Civil Veterinary Dept. Assam report 1927-50 - 1927-1950
Year: 1927
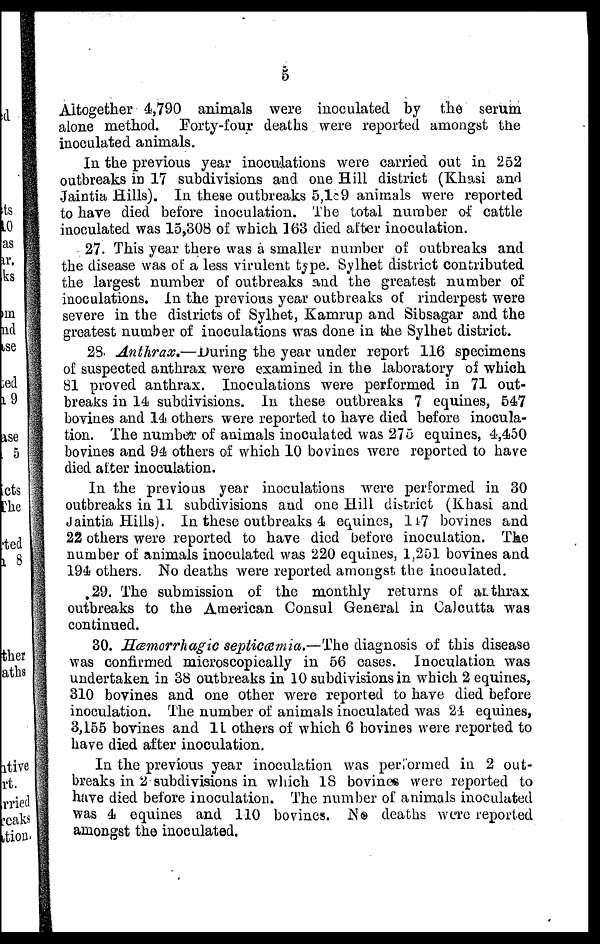
5
Altogether 4,790 animals were inoculated by the serum
alone method. Forty-four deaths were reported amongst the
inoculated animals.
In the previous year inoculations were carried out in 252
outbreaks in 17 subdivisions and one Hill district (Khasi and
Jaintia Hills). In these outbreaks 5,189 animals were reported
to have died before inoculation. The total number of cattle
inoculated was 15,308 of which 163 died after inoculation.
27. This year there was a smaller number of outbreaks and
the disease was of a less virulent type. Sylhet district contributed
the largest number of outbreaks and the greatest number of
inoculations. In the previous year outbreaks of rinderpest were
severe in the districts of Sylhet, Kamrup and Sibsagar and the
greatest number of inoculations was done in tone Sylhet district.
23 Anthrax.—During the year under report 116 specimens
of suspected anthrax were examined in the laboratory of which
81 proved anthrax. Inoculations were performed in 71 out-
breaks in 14 subdivisions. In these outbreaks 7 equines, 547
bovines and 14 others were reported to have died before inocula-
tion. The number of animals inoculated was 275 equines, 4,450
bovines and 94 others of which 10 bovines were reported to have
died after inoculation.
In the previous year inoculations were performed in 30
outbreaks in 11 subdivisions and one Hill district (Khasi and
Jaintia Hills). In these outbreaks 4 equines, 147 bovines and
22 others were reported to have died before inoculation. The
number of animals inoculated was 220 equines, 1,251 bovines and
194 others. No deaths were reported amongst the inoculated.
29. The submission of the monthly returns of anthrax
outbreaks to the American Consul General in Calcutta was
continued.
30. Hæmorrhagic septicæmia.—The diagnosis of this disease
was confirmed microscopically in 56 cases. Inoculation was
undertaken in 38 outbreaks in 10 subdivisions in which 2 equines,
310 bovines and one other were reported to have died before
inoculation. The number of animals inoculated was 21 equines,
3,155 bovines and 11 others of which 6 bovines were reported to
have died after inoculation.
In the previous year inoculation was performed in 2 out-
breaks in 2 subdivisions in which 18 bovines were reported to
have died before inoculation. The number of animals inoculated
was 4 equines and 110 bovines. No deaths were reported
amongst the inoculated.